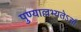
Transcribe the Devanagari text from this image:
पुण्याल्लभ्यतेऽसौ